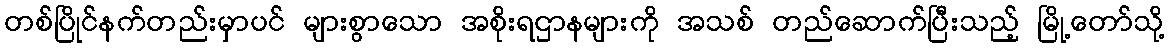
တစ်ပြိုင်နက်တည်းမှာပင် များစွာသော အစိုးရဌာနများကို အသစ် တည်ဆောက်ပြီးသည့် မြို့တော်သို့